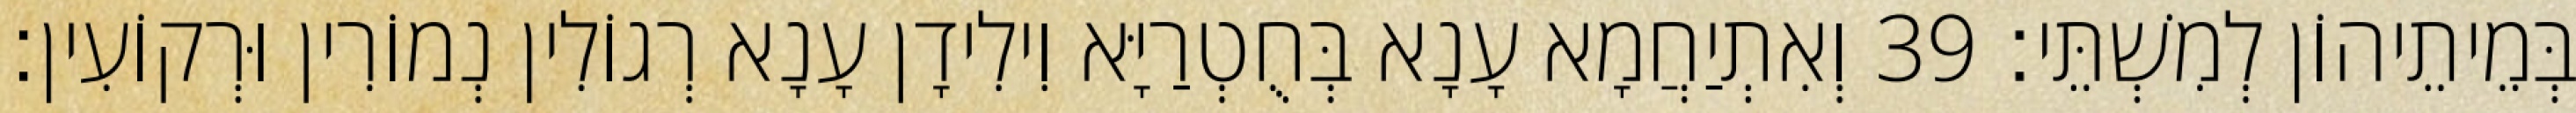
בְּמֵיתֵיהוֹן לְמִשְׁתֵּי׃ 39 וְאִתְיַחֲמָא עָנָא בְּחֻטְרַיָּא וִילִידָן עָנָא רְגוֹלִין נְמוֹרִין וּרְקוֹעִין׃